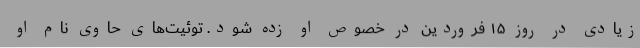
زیادی در روز ۱۵ فروردین در خصوص او زده شود. توئیت‌های حاوی نام او